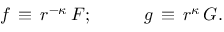
f \, \equiv \, r ^ { - \kappa } \, F ; \, \, \, \, \, \, \, \, \, \, \, \, \, \, \, \, \, g \, \equiv \, r ^ { \kappa } \, G .